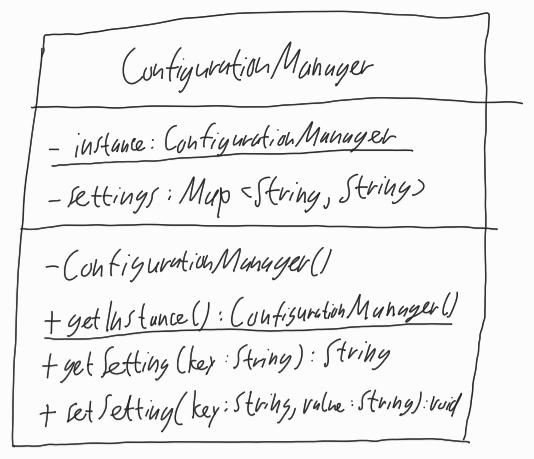
Diagram type: class_diagram
```plantuml
@startuml

class ConfigurationManager {
  - {static} instance: ConfigurationManager
  - settings: Map<String, String>
  - ConfigurationManager()
  + {static} getInstance(): ConfigurationManager()
  + getSetting(key: String): String
  + setSetting(key: String, value: String): void
}

@enduml
```